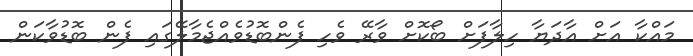
މައްކާ އަށް އާދަޔާ ހިލާފަށް ބޯކޮށް ވާރޭ ވެހި ފެންބޮޑުވެއްޖެމާލޭގައި ފެން ބޮޑުވާކަން